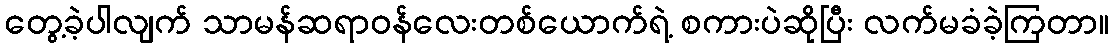
တွေ့ခဲ့ပါလျက် သာမန်ဆရာဝန်လေးတစ်ယောက်ရဲ့ စကားပဲဆိုပြီး လက်မခံခဲ့ကြတာ။